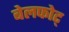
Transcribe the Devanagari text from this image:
बेलफोट्